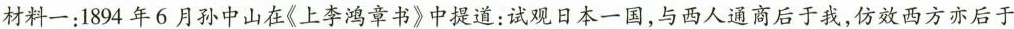
材料一：1894年6月孙中山在《上李鸿章书》中提道：试观日本一国，与西人通商后于